Indian Civil Veterinary Department memoirs
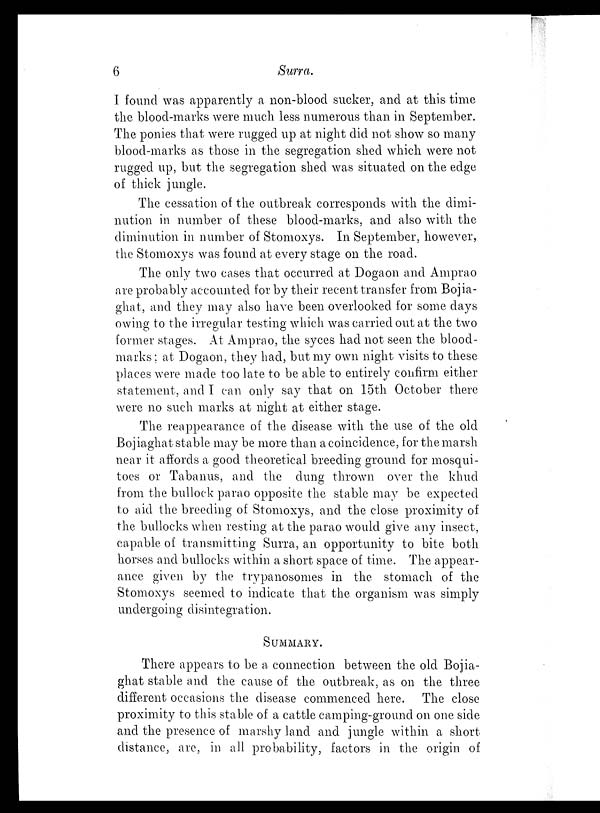
6
Surra.
I found was apparently a non-blood sucker, and at this time
the blood-marks were much less numerous than in September.
The ponies that were rugged up at night did not show so many
blood-marks as those in the segregation shed which were not
rugged up, but the segregation shed was situated on the edge
of thick jungle.
The cessation of the outbreak corresponds with the dimi-
nution in number of these blood-marks, and also with the
diminution in number of Stomoxys. In September, however,
the Stomoxys was found at every stage on the road.
The only two cases that occurred at Dogaon and Amprao
are probably accounted for by their recent transfer from Bojia-
ghat, and they may also have been overlooked for some days
owing to the irregular testing which was carried out at the two
former stages. At Amprao, the syces had not seen the blood-
marks ; at Dogaon, they had, but my own night visits to these
places were made too late to be able to entirely confirm either
statement, and I can only say that on 15th October there
were no such marks at night at either stage.
The reappearance of the disease with the use of the old
Bojiaghat stable may be more than a coincidence, for the marsh
near it affords a good theoretical breeding ground for mosqui-
toes or Tabanus, and the dung thrown over the khud
from the bullock parao opposite the stable may be expected
to aid the breeding of Stomoxys, and the close proximity of
the bullocks when resting at the parao would give any insect,
capable of transmitting Surra, an opportunity to bite both
horses and bullocks within a short space of time. The appear-
ance given by the trypanosomes in the stomach of the
Stomoxys seemed to indicate that the organism was simply
undergoing disintegration.
SUMMARY.
There appears to be a connection between the old Bojia-
ghat stable and the cause of the outbreak, as on the three
different occasions the disease commenced here. The close
proximity to this stable of a cattle camping-ground on one side
and the presence of marshy land and jungle within a short
distance, are, in all probability, factors in the origin of